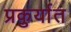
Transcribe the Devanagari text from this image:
प्रकुर्यात